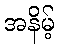
အနိမ့်